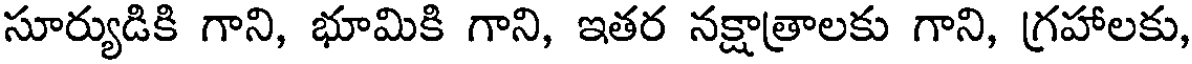
సూర్యుడికి గాని, భూమికి గాని, ఇతర నక్షాత్రాలకు గాని, గ్రహాలకు,